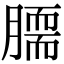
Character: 𦠌